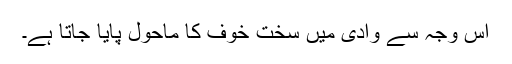
اس وجہ سے وادی میں سخت خوف کا ماحول پایا جاتا ہے۔